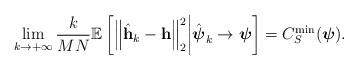
LaTeX: \begin{align*}\mathop {\lim }\limits_{k \to +\infty } \frac{k}{MN} \mathbb{E} \left[{\left\| \hat{\textbf{h}}_k - \textbf{h} \right\|}_2^2 \bigg| \hat{\boldsymbol{\psi}}_k \to \boldsymbol{\psi} \right] = {C}_S^{\min}(\boldsymbol{\psi}).\end{align*}